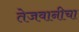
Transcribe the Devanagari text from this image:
तेजवानीचा